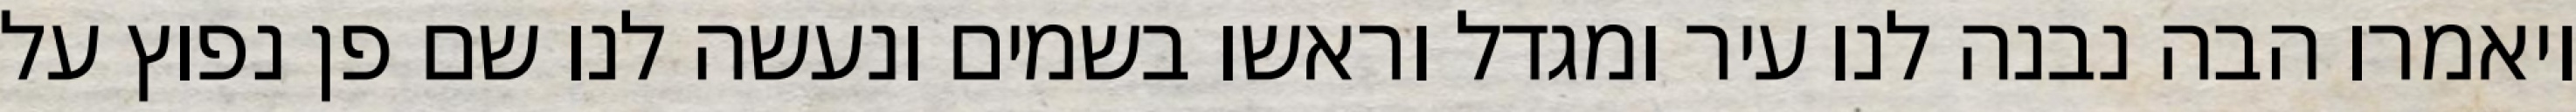
ויאמרו הבה נבנה לנו עיר ומגדל וראשו בשמים ונעשה לנו שם פן נפוץ על